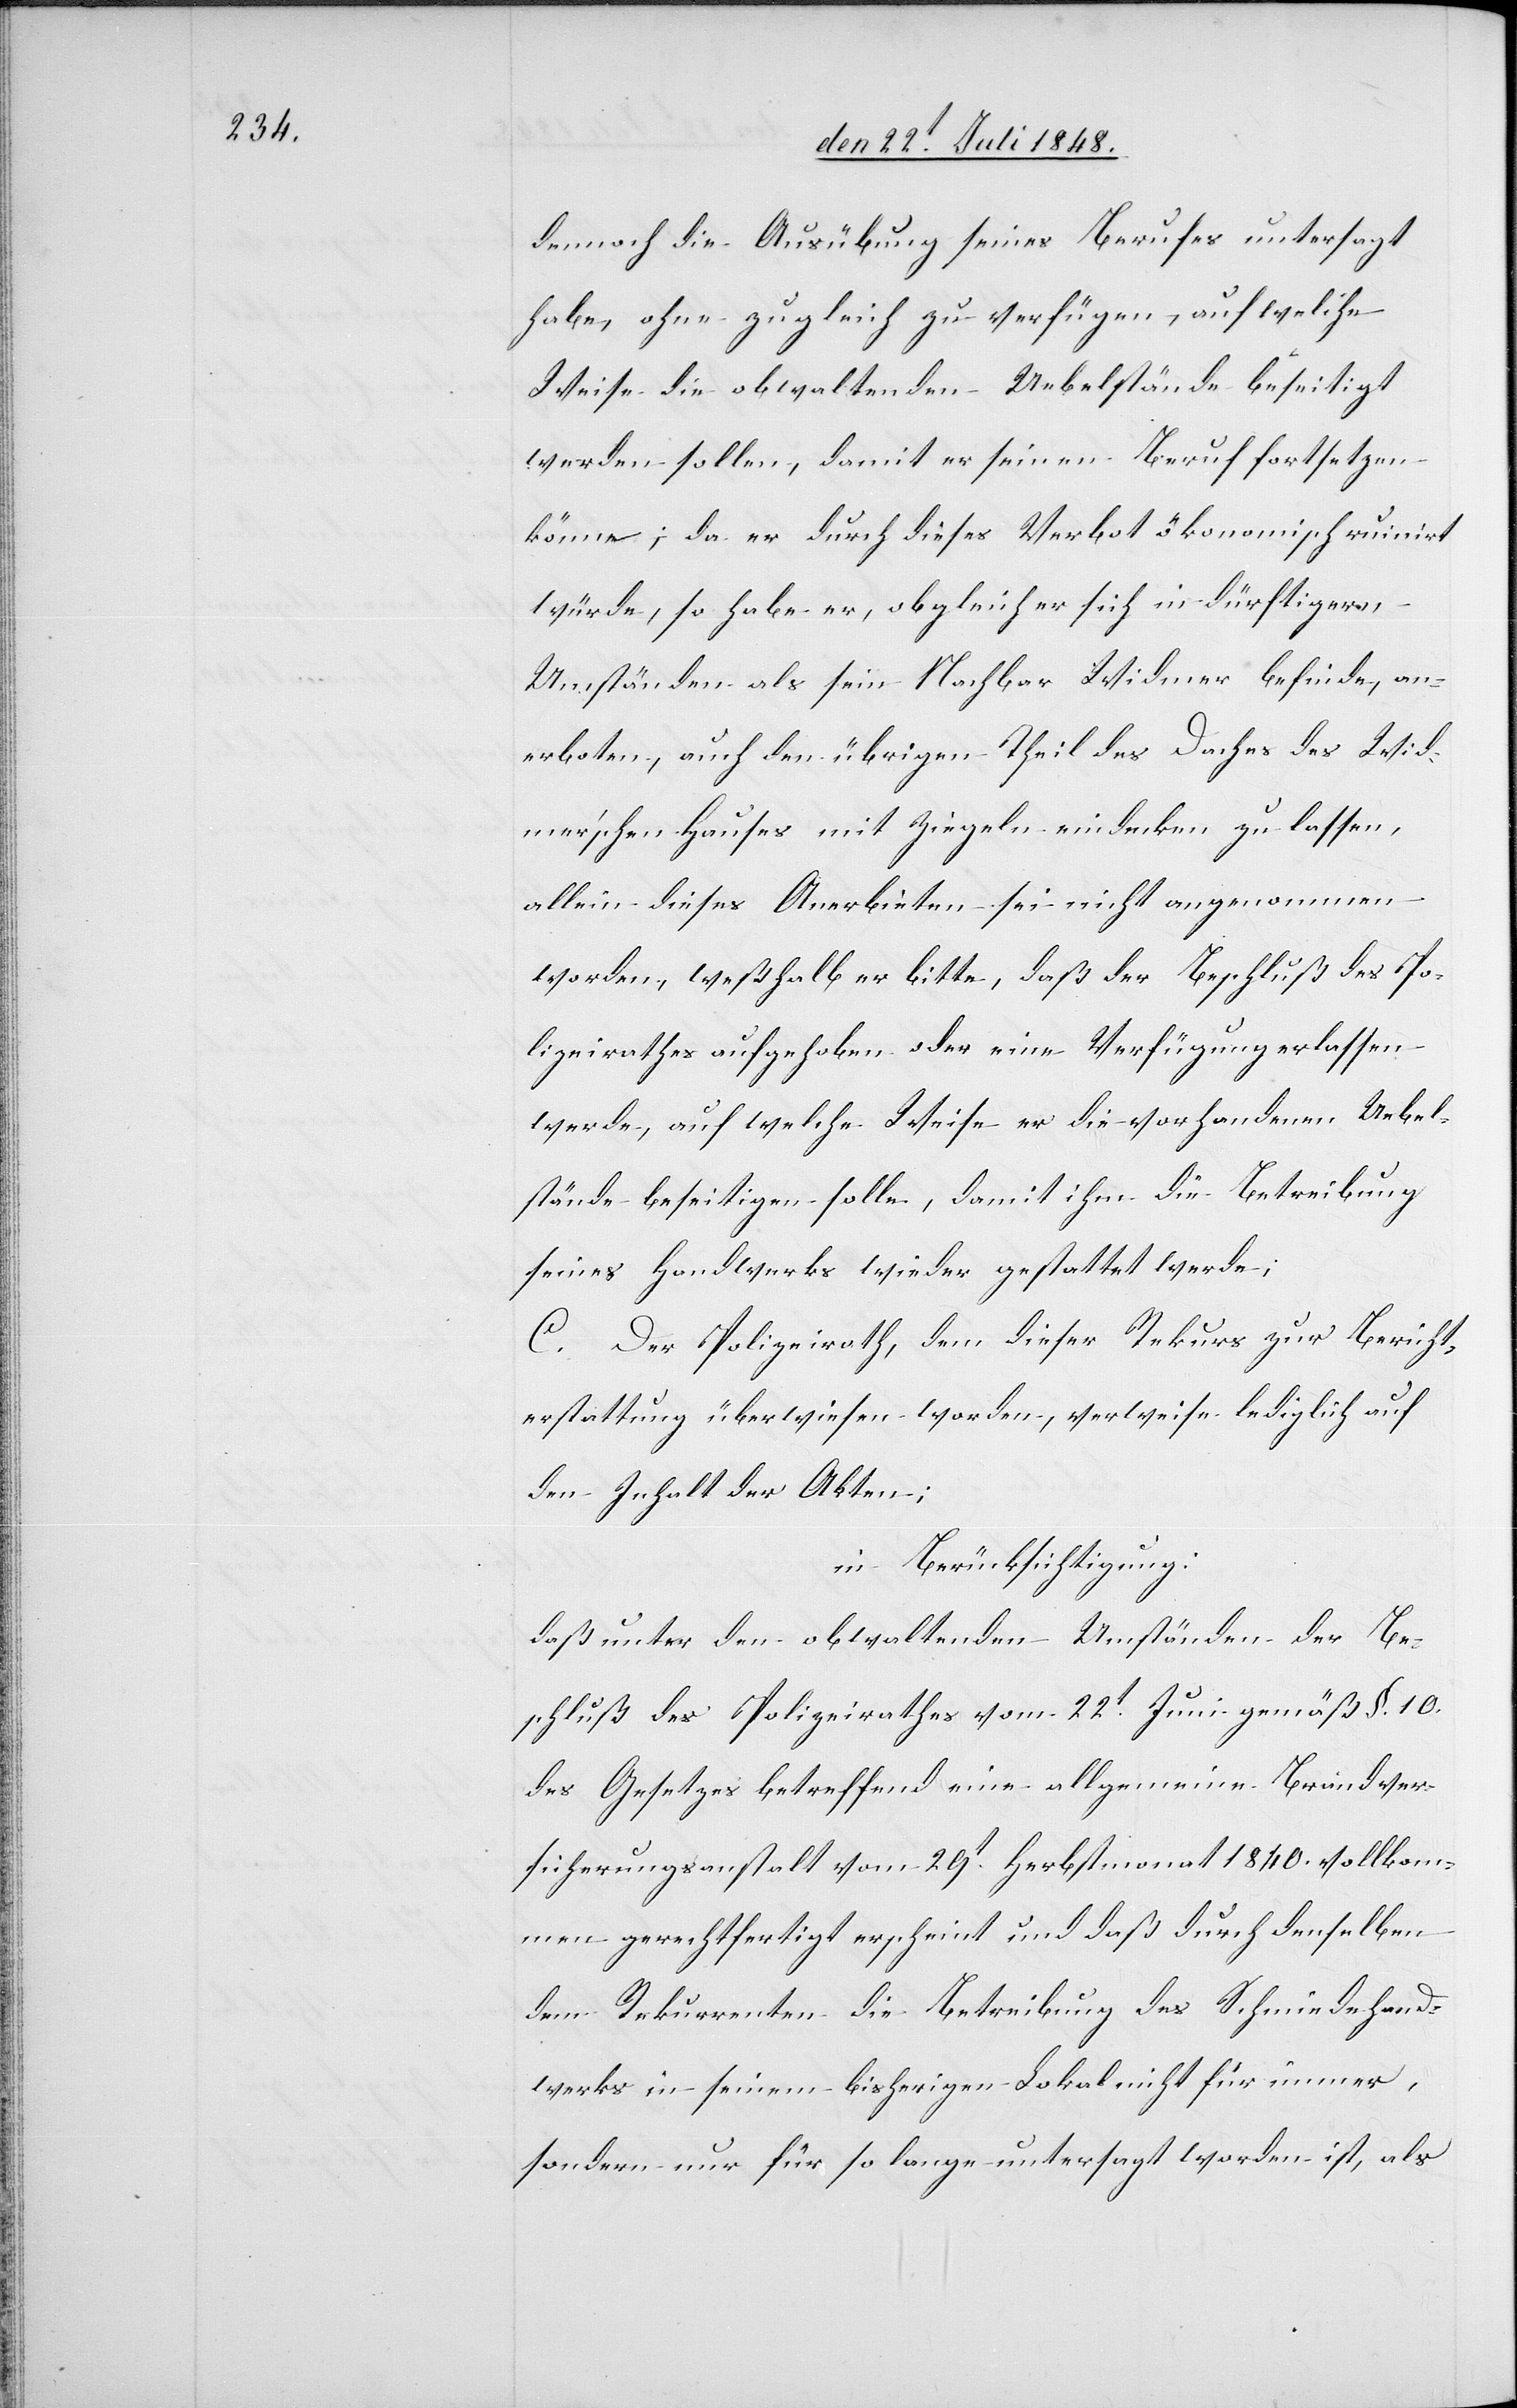
dennoch die Ausübung seines Berufes untersagt
habe, ohne zugleich zu verfügen, auf welche
Weise die obwaltenden Uebelstände beseitigt
werden sollen, damit er seinen Beruf fortsetzen
könne; da er durch dieses Verbot ökonomisch ruinirt
würde, so habe er, obgleich er sich in dürftigern
Umständen als sein Nachbar Widmer befinde, an¬
erboten, auch den übrigen Theil des Daches des Wid¬
mer’schen Hauses mit Ziegeln eindecken zu lassen,
allein dieses Anerbieten sei nicht angenommen
worden, weßhalb er bitte, daß der Beschluß des Po¬
lizeirathes aufgehoben oder eine Verfügung erlassen
werde, auf welche Weise er die vorhandenen Uebel¬
stände beseitigen solle, damit ihm die Betreibung
seines Handwerks wieder gestattet werde;
C. Der Polizeirath, dem dieser Rekurs zur Bericht¬
erstattung überwiesen worden, verweise lediglich auf
den Inhalt der Akten;
in Berücksichtigung:
daß unter den obwaltenden Umständen der Be¬
schluß des Polizeirathes vom 22t Juni gemäß §. 10.
des Gesetzes betreffend eine allgemeine Brandver¬
sicherungsanstalt vom 29t Herbstmonat 1840. vollkom¬
men gerechtfertigt erscheint und daß durch denselben
dem Rekurrenten die Betreibung des Schmiedehand¬
werks in seinem bisherigen Lokal nicht für immer,
sondern nur für so lange untersagt worden ist, als